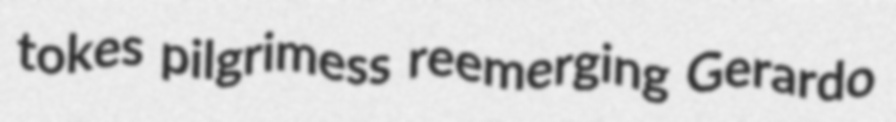
tokes pilgrimess reemerging Gerardo